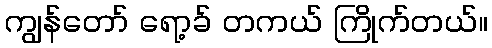
ကျွန်တော် ရော့ခ် တကယ် ကြိုက်တယ်။